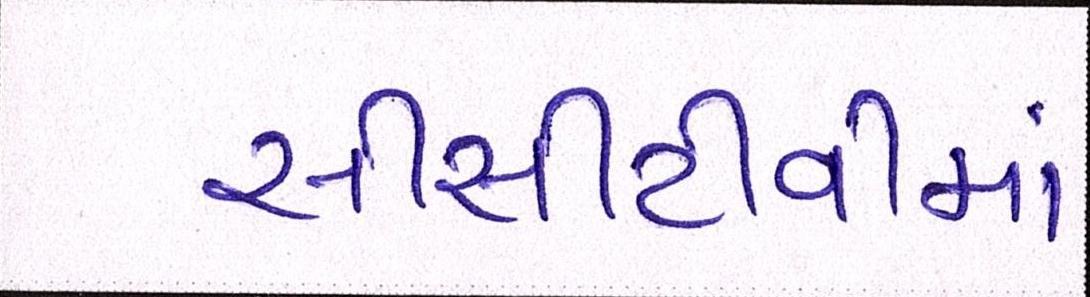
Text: સીસીટીવીમાં